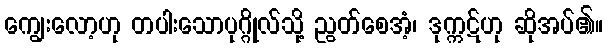
ကျွေးလော့ဟု တပါးသောပုဂ္ဂိုလ်သို့ ညွတ်စေအံ့၊ ဒုက္ကဋ်ဟု ဆိုအပ်၏။